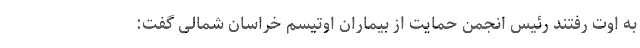
به اوت رفتند رئیس انجمن حمایت از بیماران اوتیسم خراسان شمالی گفت: